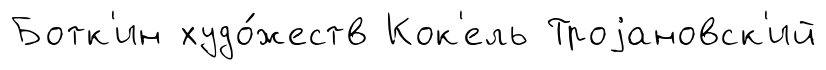
Ботк'ин худо́жеств Кок'ель Троjановск'ий